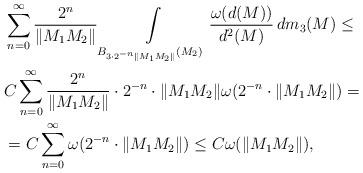
LaTeX: \begin{align*}&\sum_{n=0}^{\infty}\frac{2^n}{\|M_1M_2\|}\int\limits_{B_{3\cdot 2^{-n}\|M_1M_2\|} (M_2)} \frac{\omega(d(M))}{d^2(M)} \, dm_3(M)\leq \\ &C\sum_{n=0}^{\infty}\frac{2^n}{\|M_1M_2\|}\cdot 2^{-n}\cdot\|M_1M_2\|\omega(2^{-n}\cdot\|M_1M_2\|)= \\&=C\sum_{n=0}^{\infty} \omega(2^{-n}\cdot\|M_1M_2\|)\leq C\omega(\|M_1M_2\|),\\\end{align*}